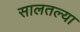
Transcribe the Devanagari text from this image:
सालतल्या